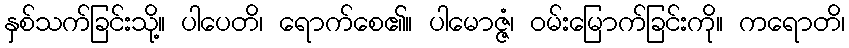
နှစ်သက်ခြင်းသို့။ ပါပေတိ၊ ရောက်စေ၏။ ပါမောဇ္ဇံ၊ ဝမ်းမြောက်ခြင်းကို။ ကရောတိ၊